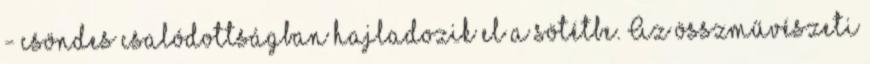
- csöndes csalódottságban hajladozik el a sötétbe. Az összművészeti